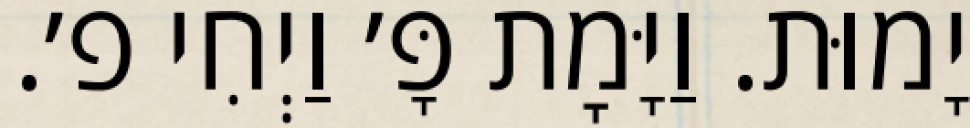
יָמוּת. וַיָּמׇת פָּ׳ וַיְחִי פ׳.